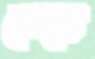
নেড়ে